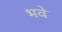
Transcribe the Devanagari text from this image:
भवे